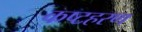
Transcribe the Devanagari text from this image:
कष्टहरण